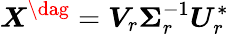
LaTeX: \boldsymbol{X}^{\dag}=\boldsymbol{V}_{r}\boldsymbol{\Sigma}_{r}^{-1}\boldsymbol{U}_{r}^{*}